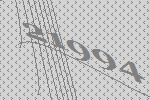
21994